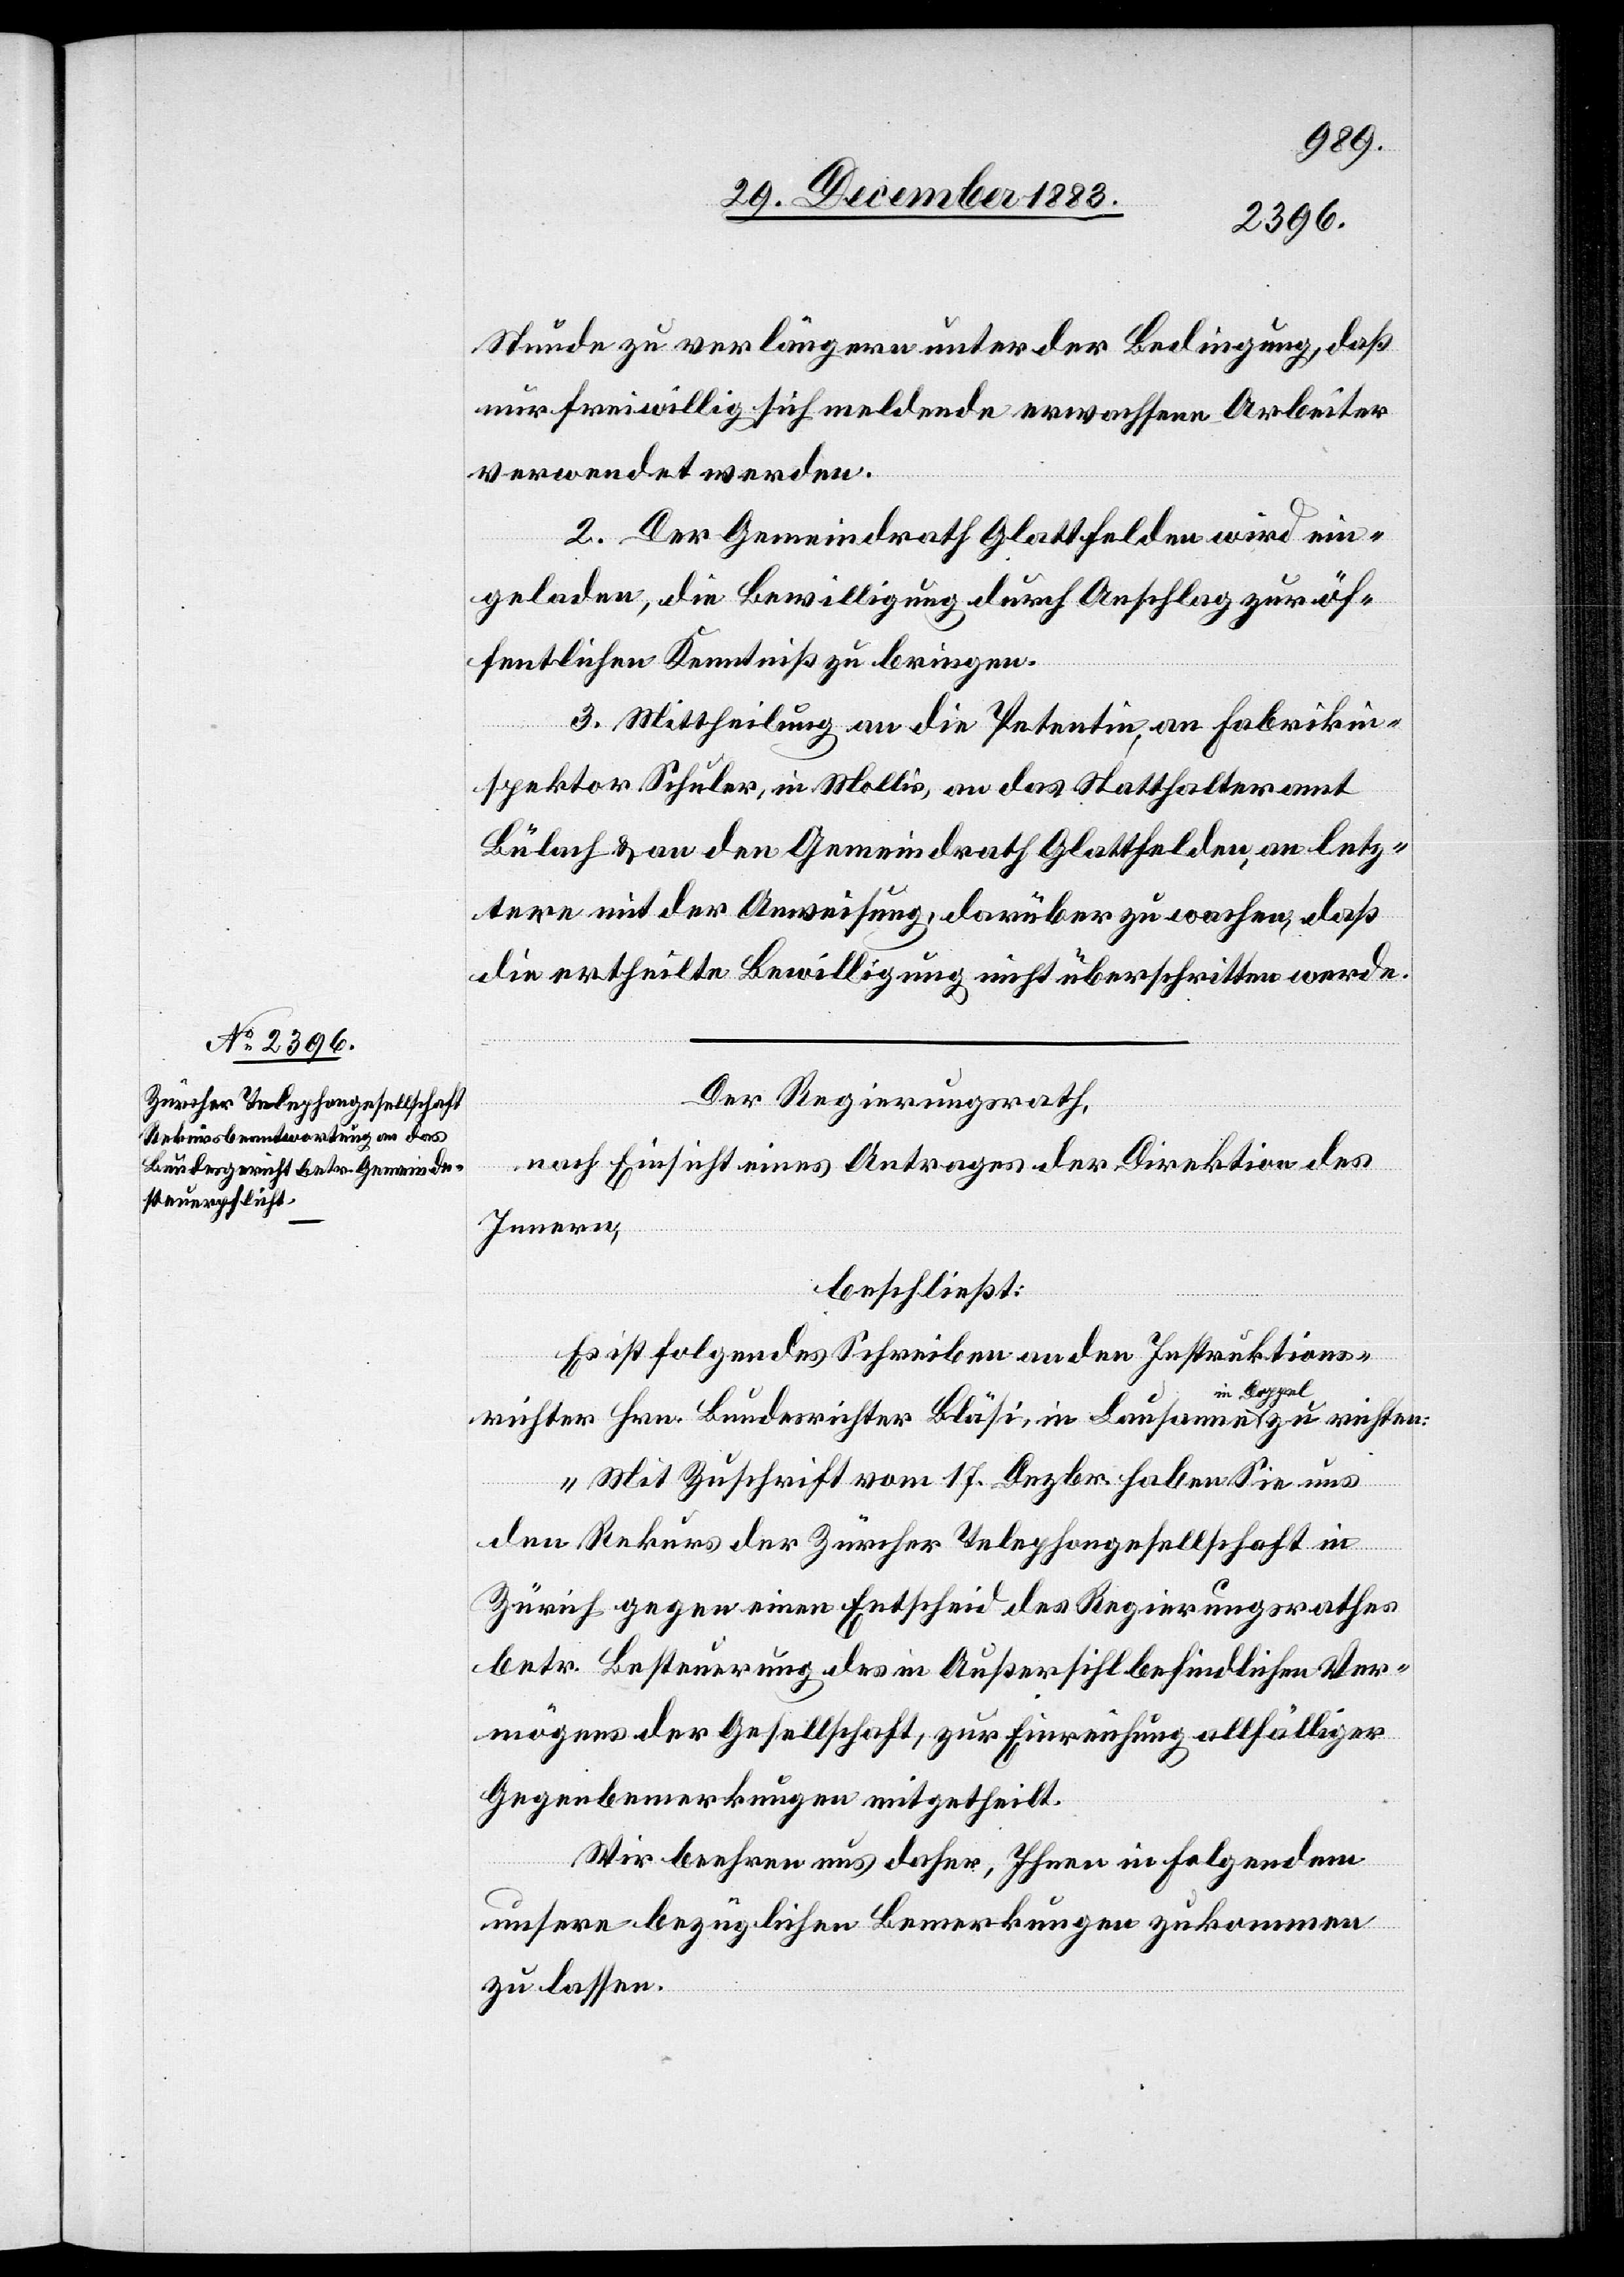
Stunde zu verlängern unter der Bedingung, daß
nur freiwillig sich meldende erwachsene Arbeiter
verwendet werden.
2. Der Gemeindrath Glattfelden wird ein¬
geladen, die Bewilligung durch Anschlag zu öf¬
fentlichen Kenntniß zu bringen.
3. Mittheilung an die Petentin, an Fabrikin¬
spektor Schuler, in Mollis, an das Statthalteramt
Bülach & an den Gemeindrath Glattfelden, an letz¬
tere mit der Anweisung, darüber zu wachen, daß
die ertheilte Bewilligung nicht überschritten werde.
Der Regierungsrath,
nach Einsicht eines Antrages der Direktion des
Innern,
beschließt:
Es ist folgendes Schreiben an den Instruktions¬
richter Hrn. Bundesrichter Bläsi, in Lausanne im Doppel zu richten:
„Mit Zuschrift vom 17. Dezbr. haben Sie uns
den Rekurs der Züricher Telephongesellschaft in
Zürich gegen einen Entscheid des Regierungsrathes
betr. Besteuerung des in Außersihl befindlichen Ver¬
mögens der Gesellschaft, zur Einreichung allfälliger
Gegenbemerkungen mitgetheilt.
Wir beehren uns daher, Ihnen in folgendem
unsere bezüglichen Bemerkungen zukommen
zu lassen.